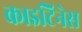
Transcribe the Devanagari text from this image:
काइटिनेस